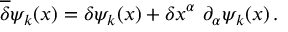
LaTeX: \overline { { { \delta } } } \psi _ { k } ( x ) = \delta \psi _ { k } ( x ) + \delta x ^ { \alpha } \ \partial _ { \alpha } \psi _ { k } ( x ) \, .